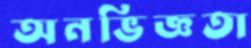
অনভিজ্ঞতা